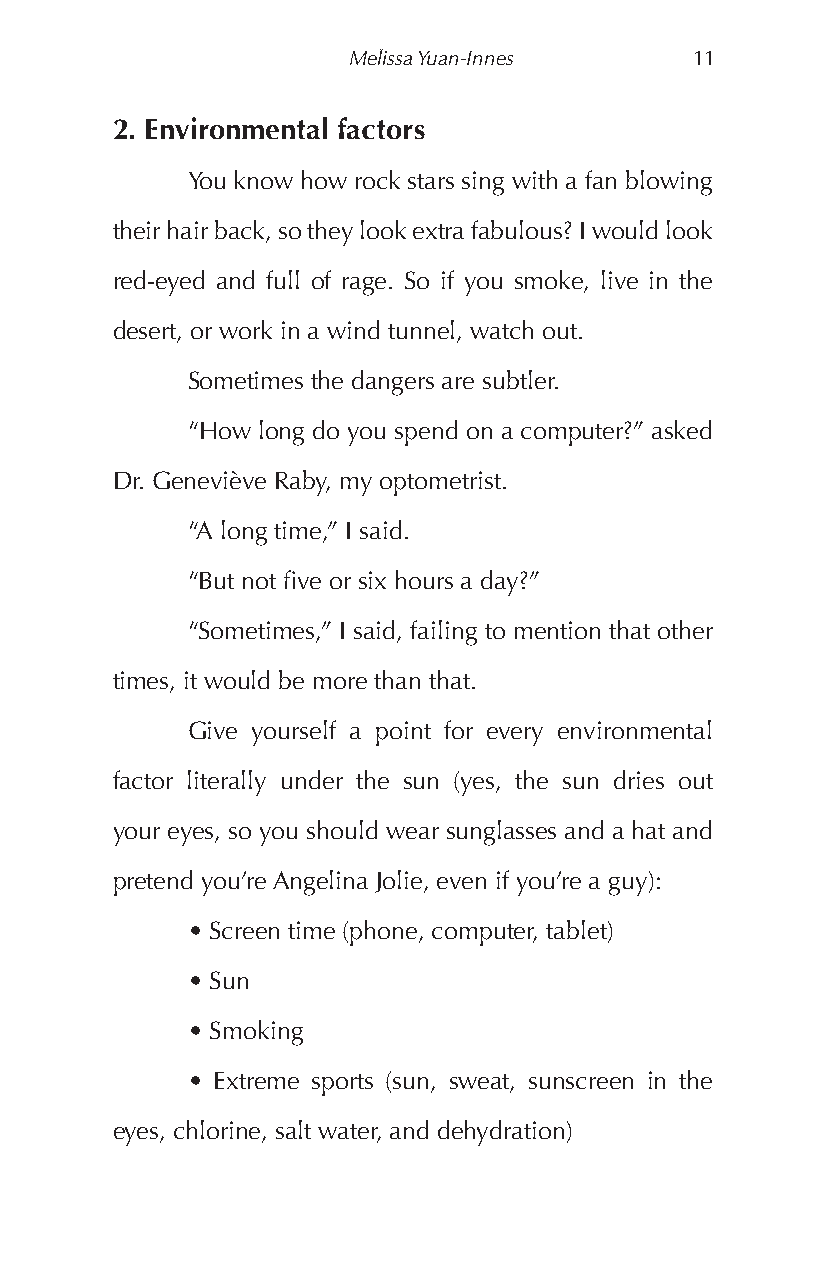
Melissa Yuan-Innes     11
 2. Environmental factors
 You know how rock stars sing with a fan blowing
 their hair back, so they look extra fabulous? I would look
 red-eyed and full of rage. So if you smoke, live in the
 desert, or work in a wind tunnel, watch out.
 Sometimes the dangers are subtler.
 “How long do you spend on a computer?” asked
 Dr. Geneviève Raby, my optometrist.
 “A long time,” I said.
 “But not five or six hours a day?”
 “Sometimes,” I said, failing to mention that other
 times, it would be more than that.
 Give yourself a point for every environmental
 factor literally under the sun (yes, the sun dries out
 your eyes, so you should wear sunglasses and a hat and
 pretend you’re Angelina Jolie, even if you’re a guy):
 • Screen time (phone, computer, tablet)
 • Sun
 • Smoking
 • Extreme sports (sun, sweat, sunscreen in the
 eyes, chlorine, salt water, and dehydration)